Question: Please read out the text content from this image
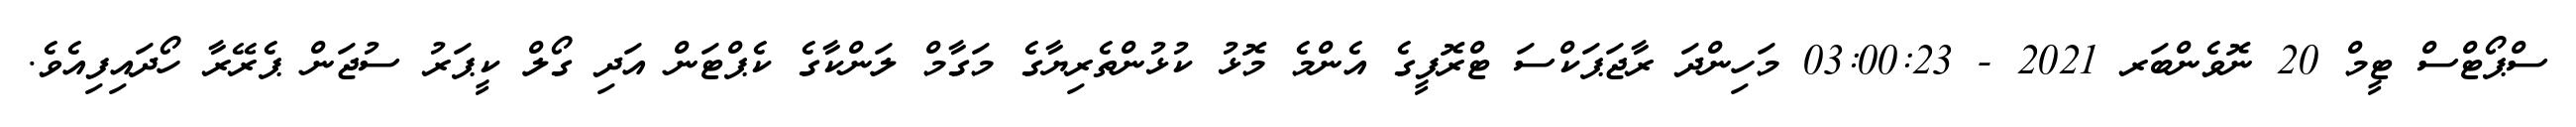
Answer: ސްޕޯޓްސް ޓީމް 20 ނޮވެންބަރ 2021 - 03:00:23 މަހިންދަ ރާޖަޕަކްސަ ޓްރޮފީގެ އެންމެ މޮޅު ކުޅުންތެރިޔާގެ މަގާމް ލަންކާގެ ކެޕްޓަން އަދި ގޯލް ކީޕަރު ސުޖަން ޕެރޭރާ ހޯދައިފިއެވެ.